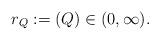
LaTeX: \begin{align*} {r_Q}:=(Q) \in (0,\infty).\end{align*}